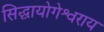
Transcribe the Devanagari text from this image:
सिद्धायोगेश्वराय